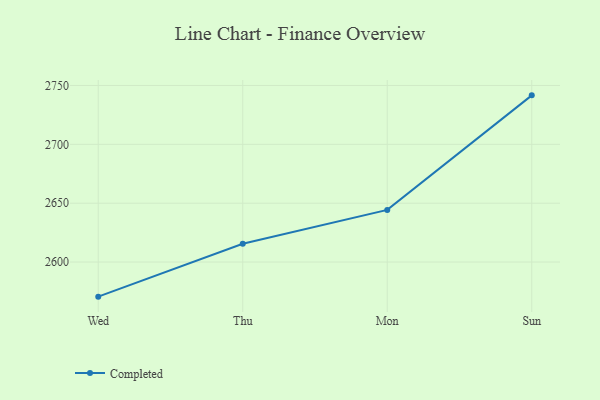
{"axis": {"x": "Day", "y": "Customer Acquisition Cost (USD)"}, "legend": ["Completed"], "data": [{"x": "Wed", "y": 2570.6, "type": "Completed"}, {"x": "Thu", "y": 2615.5, "type": "Completed"}, {"x": "Mon", "y": 2644.3, "type": "Completed"}, {"x": "Sun", "y": 2741.6, "type": "Completed"}]}